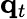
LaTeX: \mathbf{q}_{t}